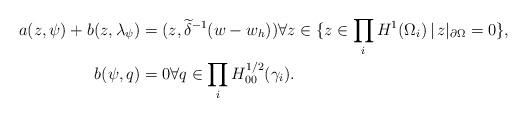
LaTeX: \begin{align*}a(z,\psi) + b(z,\lambda_\psi) &= (z, \widetilde \delta^{-1} (w - w_h)) \forall z \in \{ z \in \prod_i H^1(\Omega_i)\,|\, z|_{\partial\Omega} = 0\}, \\b(\psi,q) &= 0 \forall q \in \prod_{i} H^{1/2}_{00}(\gamma_i). \end{align*}